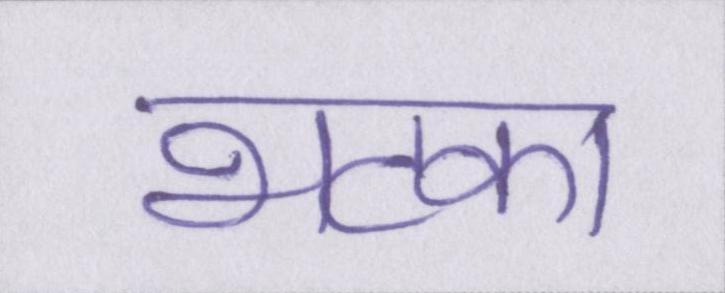
भटका